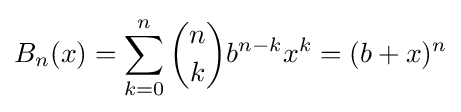
B_{n}(x)=\sum _{k=0}^{n}{n \choose k}b^{n-k}x^{k}=(b+x)^{n}